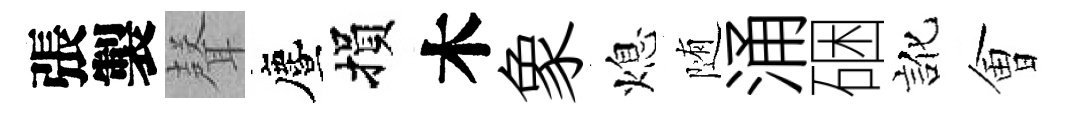
張製𮋻󵨌損木象熄随涌硱訛㑹